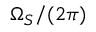
\Omega _ { S } / ( 2 \pi )